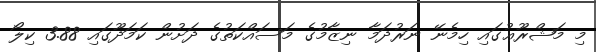
މި މަޝްރޫޢުގައި ހިމެނޭ ނަރުދަމާ ނިޒާމުގެ މަސައްކަތުގެ ދަށުން ކަމަދޫގައި 3.88 ކިލޯ